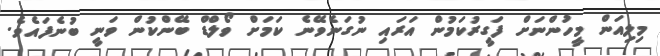
މިލިއަން މީހުންނަށް ފަގީރުކަމުން އަރައި ނުގަނެވޭނެ ކަމަށް ވޯލްޑް ބޭންކުން ވަނީ ބުނެފައެވެ.